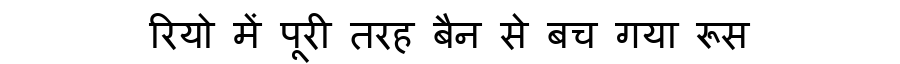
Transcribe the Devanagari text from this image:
रियो में पूरी तरह बैन से बच गया रूस